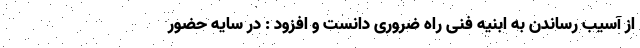
از آسیب رساندن به ابنیه فنی راه ضروری دانست و افزود : در سایه حضور